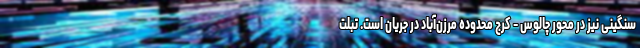
سنگینی نیز در محور چالوس - کرج محدوده مرزن‌آباد در جریان است. تبلت